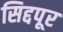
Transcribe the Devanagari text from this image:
सिद्दपूर